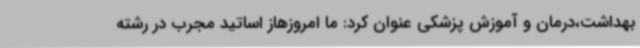
بهداشت،درمان و آموزش پزشکی عنوان کرد: ما امروزهاز اساتید مجرب در رشته